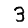
Digit: 3